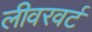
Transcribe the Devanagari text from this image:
लीवरवर्ट